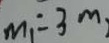
m _ { 1 } = 3 m